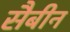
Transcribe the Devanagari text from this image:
सैबीन